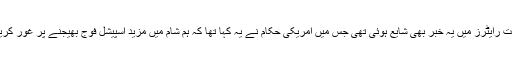
اسی وقت رایٹرز میں یہ خبر بھی شایع ہوئی تھی جس میں امریکی حکام نے یہ کہا تھا کہ ہم شام میں مزید اسپیشل فوج بھیجنے پر غور کریں گے۔